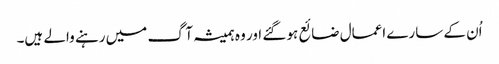
اُن کے سارے اعمال ضائع ہو گئے اور وہ ہمیشہ آگ میں رہنے والے ہیں۔